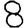
Digit: 8